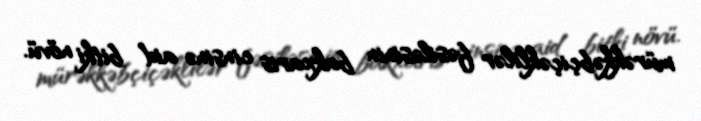
mürəkkəbçiçəklilər fəsiləsinin bakxaris cinsinə aid bitki növü.